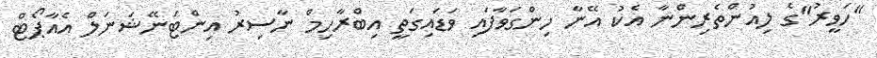
"ހަވީރު"ގެ ލިއުންތެރިންނާ އެކު އޭނާ ހިންގަވާފައި ވަޑައިގަތީ އިބްރާހިމް ނާސިރު އިންޓަނޭޝަނަލް އެއާޕޯޓް